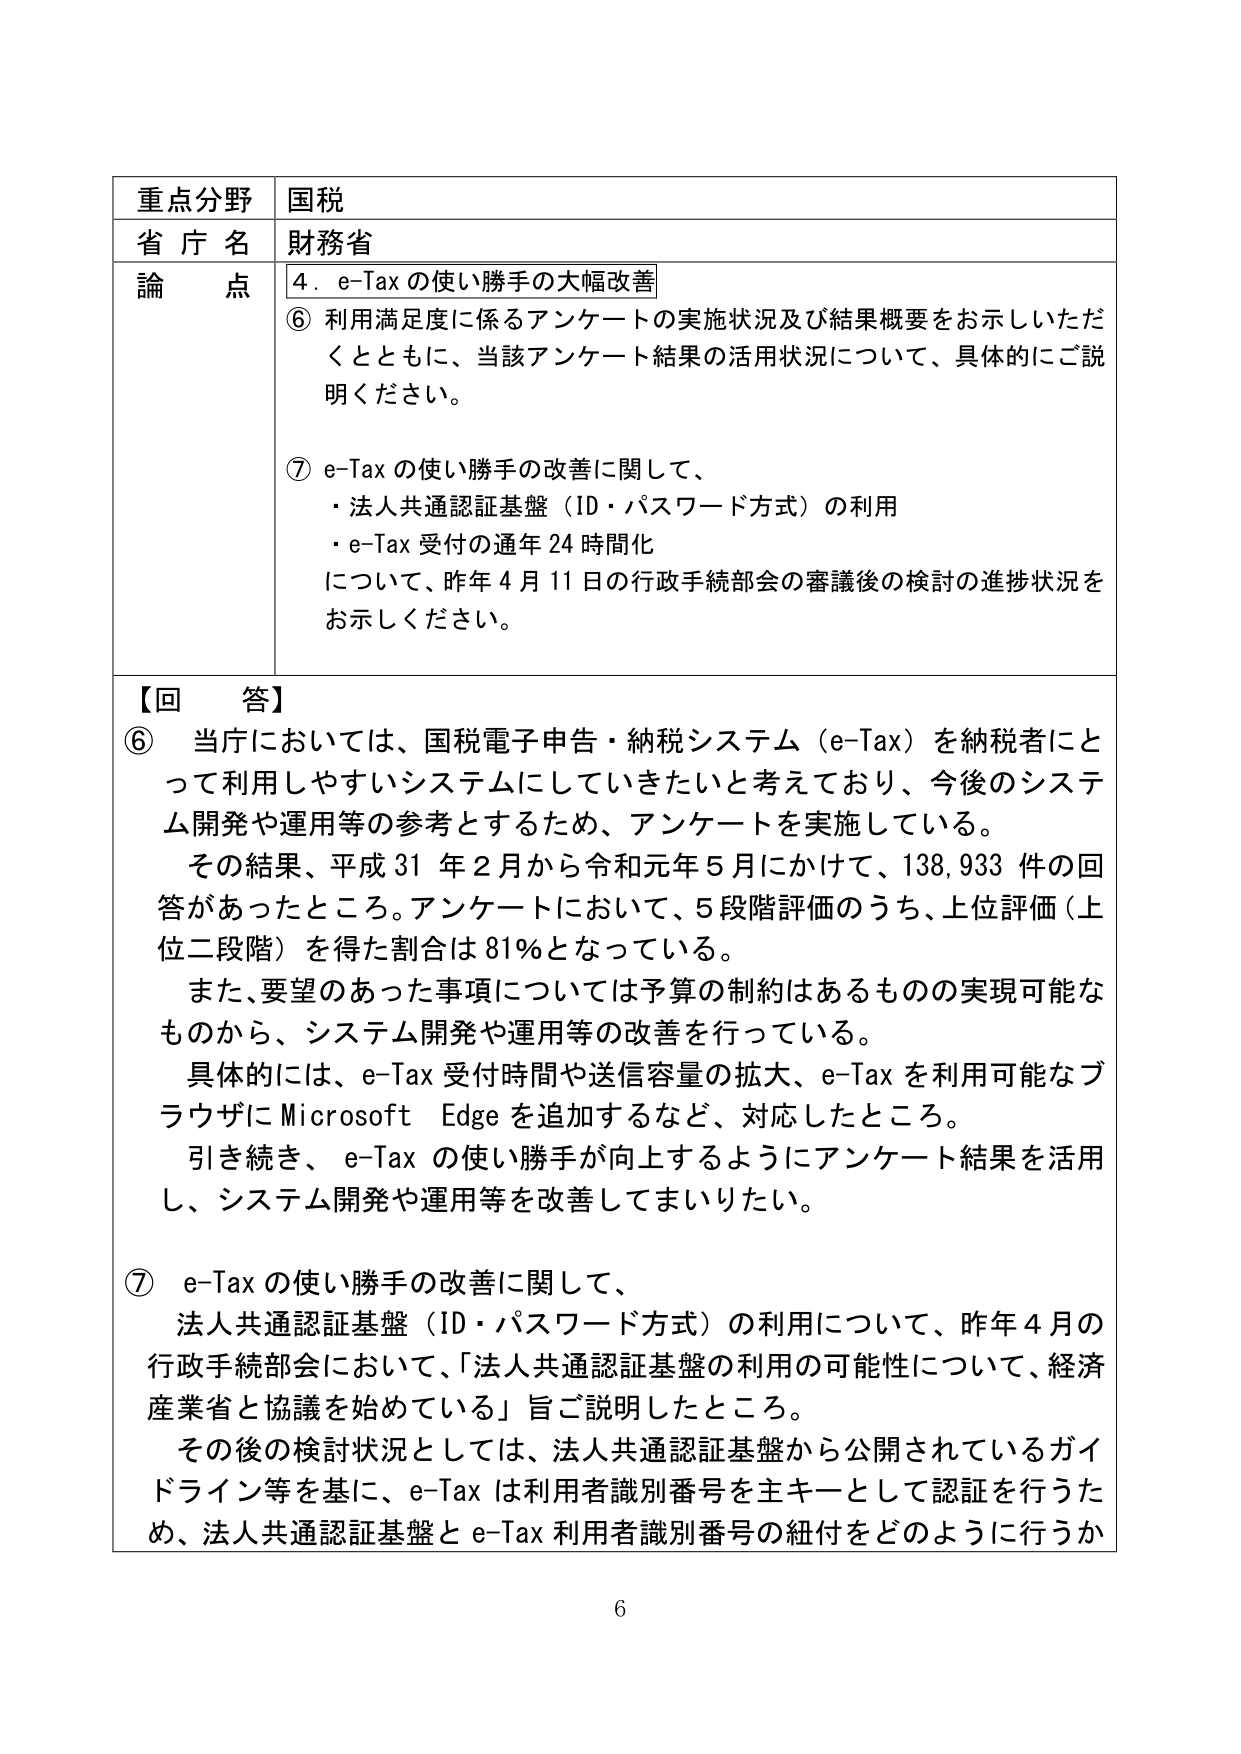
重点分野 国税
省庁名 財務省
論点 4．e-Tax の使い勝手の大幅改善
⑥ 利用満足度に係るアンケートの実施状況及び結果概要をお示しいただくとともに、当該アンケート結果の活用状況について、具体的にご説明ください。
⑦ e-Tax の使い勝手の改善に関して、
・法人共通認証基盤（ID・パスワード方式）の利用
・e-Tax 受付の通年 24 時間化
について、昨年 4 月 11 日の行政手続部会の審議後の検討の進捗状況をお示しください。

【回答】
⑥ 当庁においては、国税電子申告・納税システム（e-Tax）を納税者にとって利用しやすいシステムにしていきたいと考えており、今後のシステム開発や運用等の参考とするため、アンケートを実施している。
その結果、平成 31 年 2 月から令和元年 5 月にかけて、138,933 件の回答があったところ。アンケートにおいて、5段階評価のうち、上位評価（上位二段階）を得た割合は 81％となっている。
また、要望のあった事項については予算の制約はあるものの実現可能なものから、システム開発や運用等の改善を行っている。
具体的には、e-Tax 受付時間や送信容量の拡大、e-Tax を利用可能なブラウザに Microsoft Edge を追加するなど、対応したところ。
引き続き、e-Tax の使い勝手が向上するようにアンケート結果を活用し、システム開発や運用等を改善してまいりたい。

⑦ e-Tax の使い勝手の改善に関して、
法人共通認証基盤（ID・パスワード方式）の利用について、昨年 4 月の行政手続部会において、「法人共通認証基盤の利用の可能性について、経済産業省と協議を始めている」旨ご説明したところ。
その後の検討状況としては、法人共通認証基盤から公開されているガイドライン等を基に、e-Tax は利用者識別番号を主キーとして認証を行うため、法人共通認証基盤と e-Tax 利用者識別番号の紐付をどのように行うか

6